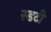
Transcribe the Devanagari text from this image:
स्डटी